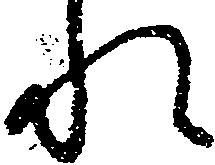
れ